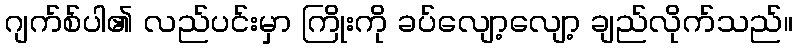
ဂျက်စ်ပါ၏ လည်ပင်းမှာ ကြိုးကို ခပ်လျော့လျော့ ချည်လိုက်သည်။